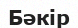
Бәкір